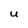
Character: u